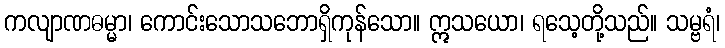
ကလျာဏဓမ္မာ၊ ကောင်းသောသဘောရှိကုန်သော။ ဣသယော၊ ရသေ့တို့သည်။ သမ္ဗရံ၊